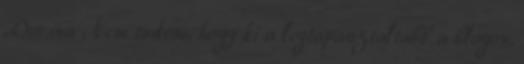
Dorina Nem tudom, hogy ki a legtapasztaltabb a blogon,